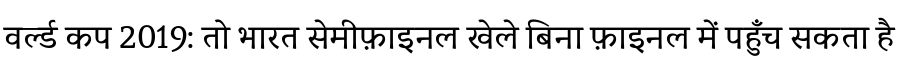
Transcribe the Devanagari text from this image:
वर्ल्ड कप 2019: तो भारत सेमीफ़ाइनल खेले बिना फ़ाइनल में पहुँच सकता है